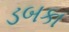
ડબકા